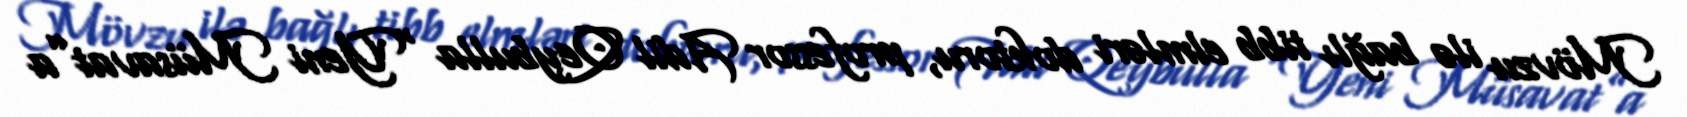
Mövzu ilə bağlı tibb elmləri doktoru, professor Adil Qeybulla “Yeni Müsavat”a